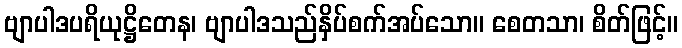
ဗျာပါဒပရိယုဋ္ဌိတေန၊ ဗျာပါဒသည်နှိပ်စက်အပ်သော။ စေတသာ၊ စိတ်ဖြင့်။